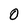
Character: 0